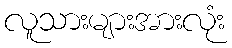
လူသားများအားလုံး